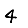
Digit: 4